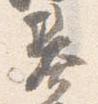
基